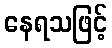
နေရသဖြင့်